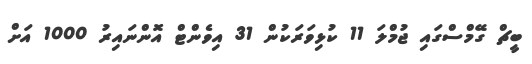
ބީޗް ގޭމްސްގައި ޖުމްލަ 11 ކުޅިވަރަކުން 31 އިވެންޓް އޮންނައިރު 1000 އަށް